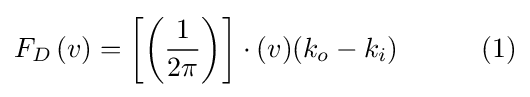
F_{D}\left(v\right)=\left[\left({\frac {1}{2\pi }}\right)\right]\cdot (v)(k_{o}-k_{i})\qquad \quad (1)